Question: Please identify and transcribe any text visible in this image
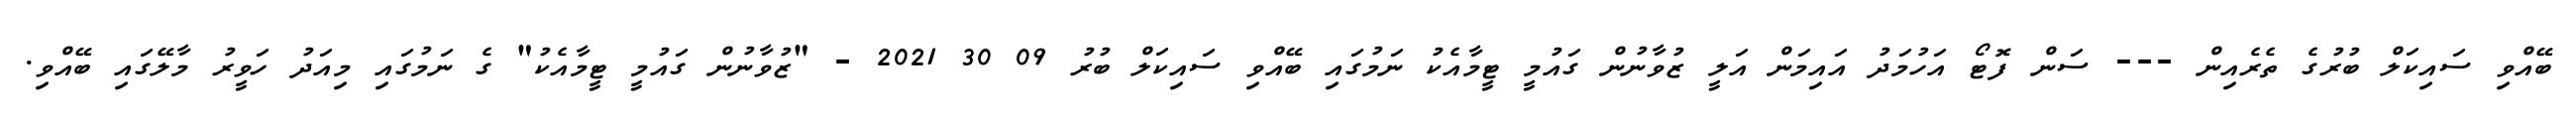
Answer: ބޭއްވި ސައިކަލް ބުރުގެ ތެރެއިން --- ސަން ފޮޓޯ އަހުމަދު އައިމަން އަލީ ޒުވާނުން ގައުމީ ޓީމާއެކު ނަމުގައި ބޭއްވި ސައިކަލް ބުރު 09 30 2021 - "ޒުވާނުން ގައުމީ ޓީމާއެކު" ގެ ނަމުގައި މިއަދު ހަވީރު މާލޭގައި ބޭއްވި.